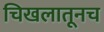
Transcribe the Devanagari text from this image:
चिखलातूनच